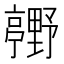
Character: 𮡢